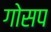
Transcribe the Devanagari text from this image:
गोसप